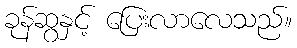
ခုန်ဆွနှင့် ပြေးလာလေသည်။